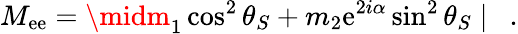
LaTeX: M_{\mathrm{e}\mathrm{e}}=\midm_{1}\cos^{2}\theta_{S}+m_{2}\mathrm{e}^{2i\alpha}\sin^{2}\theta_{S}\mid\ \ .